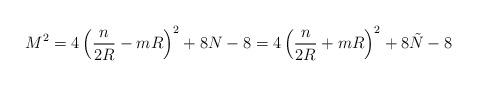
LaTeX: \begin{align*}M^2 = 4\left( \frac{n}{2R} - mR\right) ^2 + 8N -8 = 4\left( \frac{n}{2R} + mR\right)^2 + 8\tilde{N} -8\end{align*}